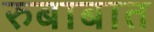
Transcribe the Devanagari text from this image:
रुबाबात